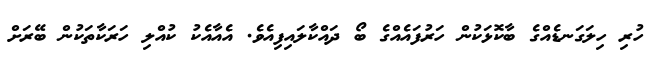
ހުރި ހިލަގަނޑެއްގެ ބާކޮޅަކުން ހަރުފައެއްގެ ބޯ ދައްކާލައިފިއެވެ. އެއާއެކު ކުއްލި ހަރަކާތަކުން ބޭރަށް